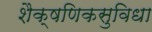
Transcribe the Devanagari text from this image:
शैक्षणिकसुविधा